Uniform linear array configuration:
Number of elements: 8
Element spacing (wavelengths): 0.5
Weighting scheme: binomial
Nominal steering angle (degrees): -60
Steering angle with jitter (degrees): -61.094
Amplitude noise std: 0.05
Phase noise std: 0.05

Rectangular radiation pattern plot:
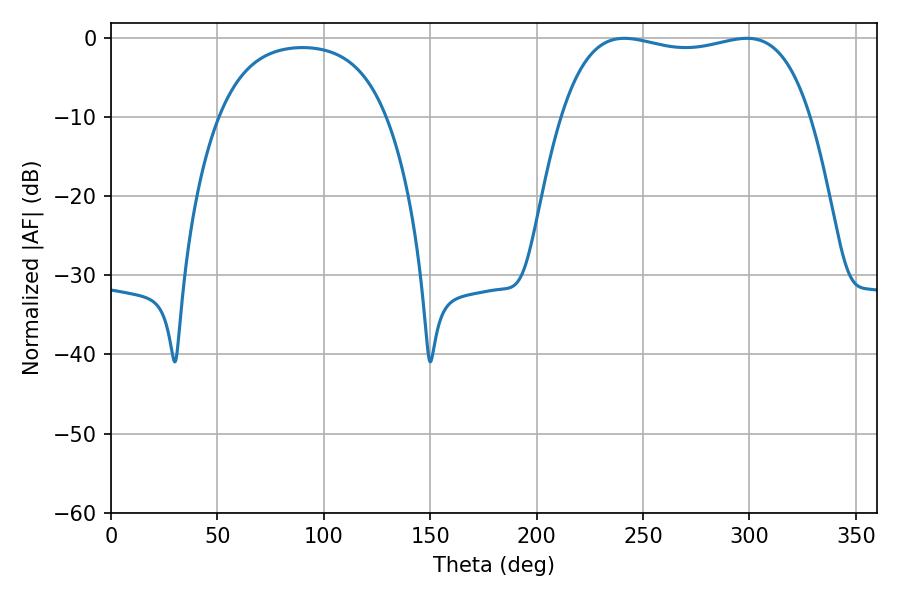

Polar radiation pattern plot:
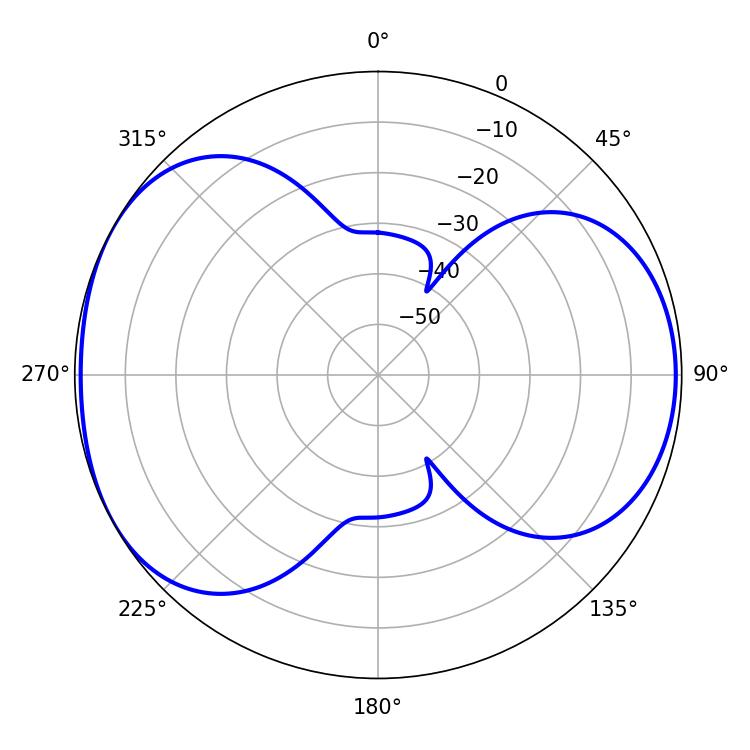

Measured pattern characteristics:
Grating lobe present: FALSE
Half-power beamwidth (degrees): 94.32
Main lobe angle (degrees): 241.2